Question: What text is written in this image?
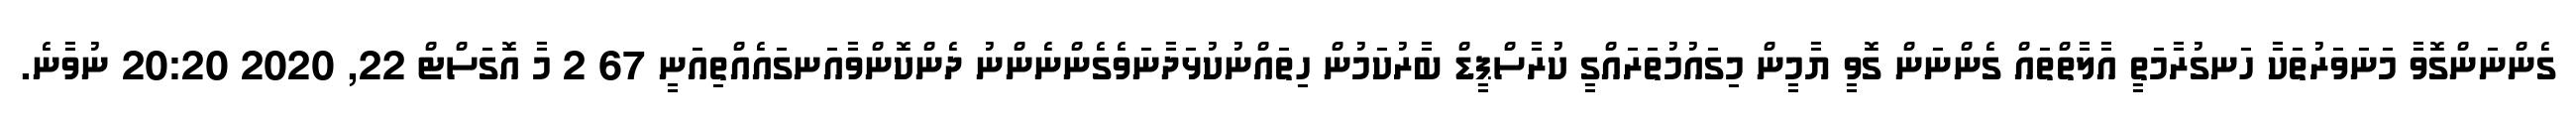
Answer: ގެންނަންގޮވާ މަނަވަރުތަކާ ހަނގުރާމަތީ އާލާތްތައް ގެންނަން ގޮވީ ޔާމީން މިގައުމުތަރައްގީ ކުރާސްޕީޑް ބާރުކަމުން ހިތައްނުކުޅަދާނަވެގެންނެންނު ދެންކޮންވާއަނގައެއްތިއަނީ 67 2 މާ އޮގަސްޓް 22, 2020 20:20 ނުވާނެ.